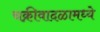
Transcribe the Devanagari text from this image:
चक्रीवादळामध्ये